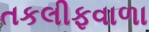
તકલીફવાળા